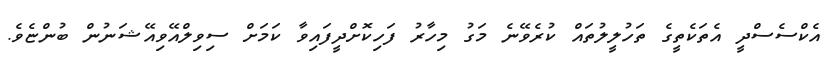
އެކްސެސްދީ އެތަކެތީގެ ތަހުލީލުތައް ކުރެވޭނެ މަގު މިހާރު ފަހިކޮށްދީފައިވާ ކަމަށް ސިވިލްއޭވިއޭޝަނުން ބުންޏެވެ.